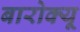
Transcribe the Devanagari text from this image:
बारोक्यू